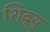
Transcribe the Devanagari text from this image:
शिबूयु